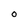
Character: O